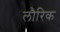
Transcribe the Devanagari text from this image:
लौरिक